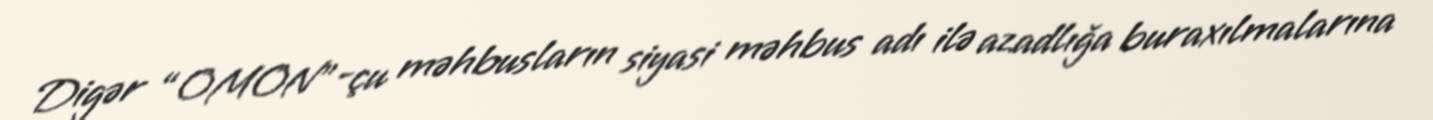
Digər “OMON”-çu məhbusların siyasi məhbus adı ilə azadlığa buraxılmalarına